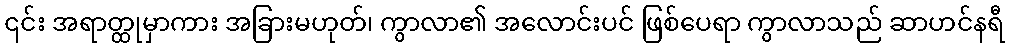
၎င်း အရာတ္ထုမှာကား အခြားမဟုတ်၊ ကွာလာ၏ အလောင်းပင် ဖြစ်ပေရာ ကွာလာသည် ဆာဟင်နရီ